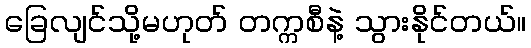
ခြေလျင်သို့မဟုတ် တက္ကစီနဲ့ သွားနိုင်တယ်။